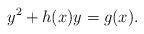
LaTeX: \begin{align*} y^2 + h(x)y = g(x).\end{align*}